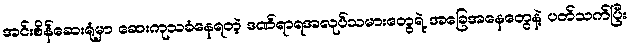
အင်းစိန်ဆေးရုံမှာ ဆေးကုသခံနေရတဲ့ ဒဏ်ရာရအလုပ်သမားတွေရဲ့ အခြေအနေတွေနဲ့ ပတ်သက်ပြီး